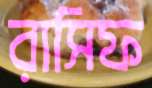
রাসিফ